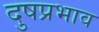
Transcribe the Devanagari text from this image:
दुषप्रभाव